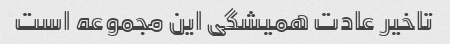
تاخیر عادت همیشگی این مجموعه است